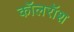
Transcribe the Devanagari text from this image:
कॉलरॉश